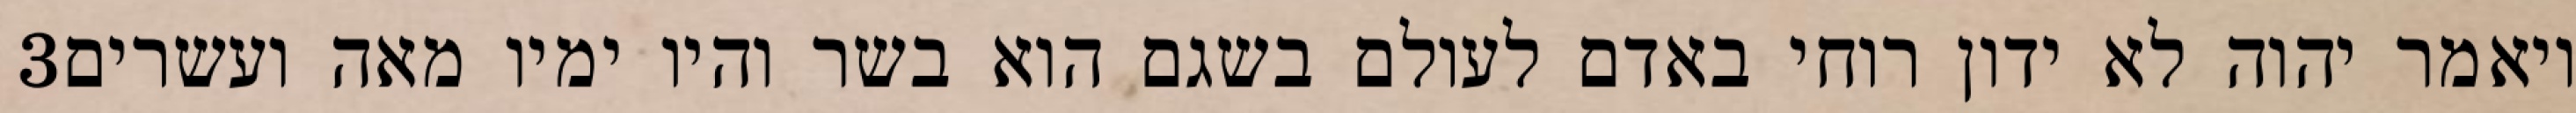
‎3‏ ויאמר יהוה לא ידון רוחי באדם לעולם בשגם הוא בשר והיו ימיו מאה ועשרים